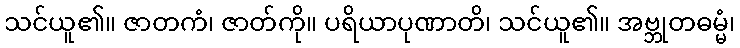
သင်ယူ၏။ ဇာတကံ၊ ဇာတ်ကို။ ပရိယာပုဏာတိ၊ သင်ယူ၏။ အဗ္ဘုတဓမ္မံ၊